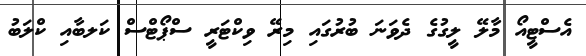
އެސްޓީއޯ މާލޭ ލީގުގެ ދެވަނަ ބުރުގައި މިރޭ ވިކްޓަރީ ސްޕޯޓްސް ކަލބާއި ކްލަބު